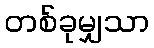
တစ်ခုမျှသာ